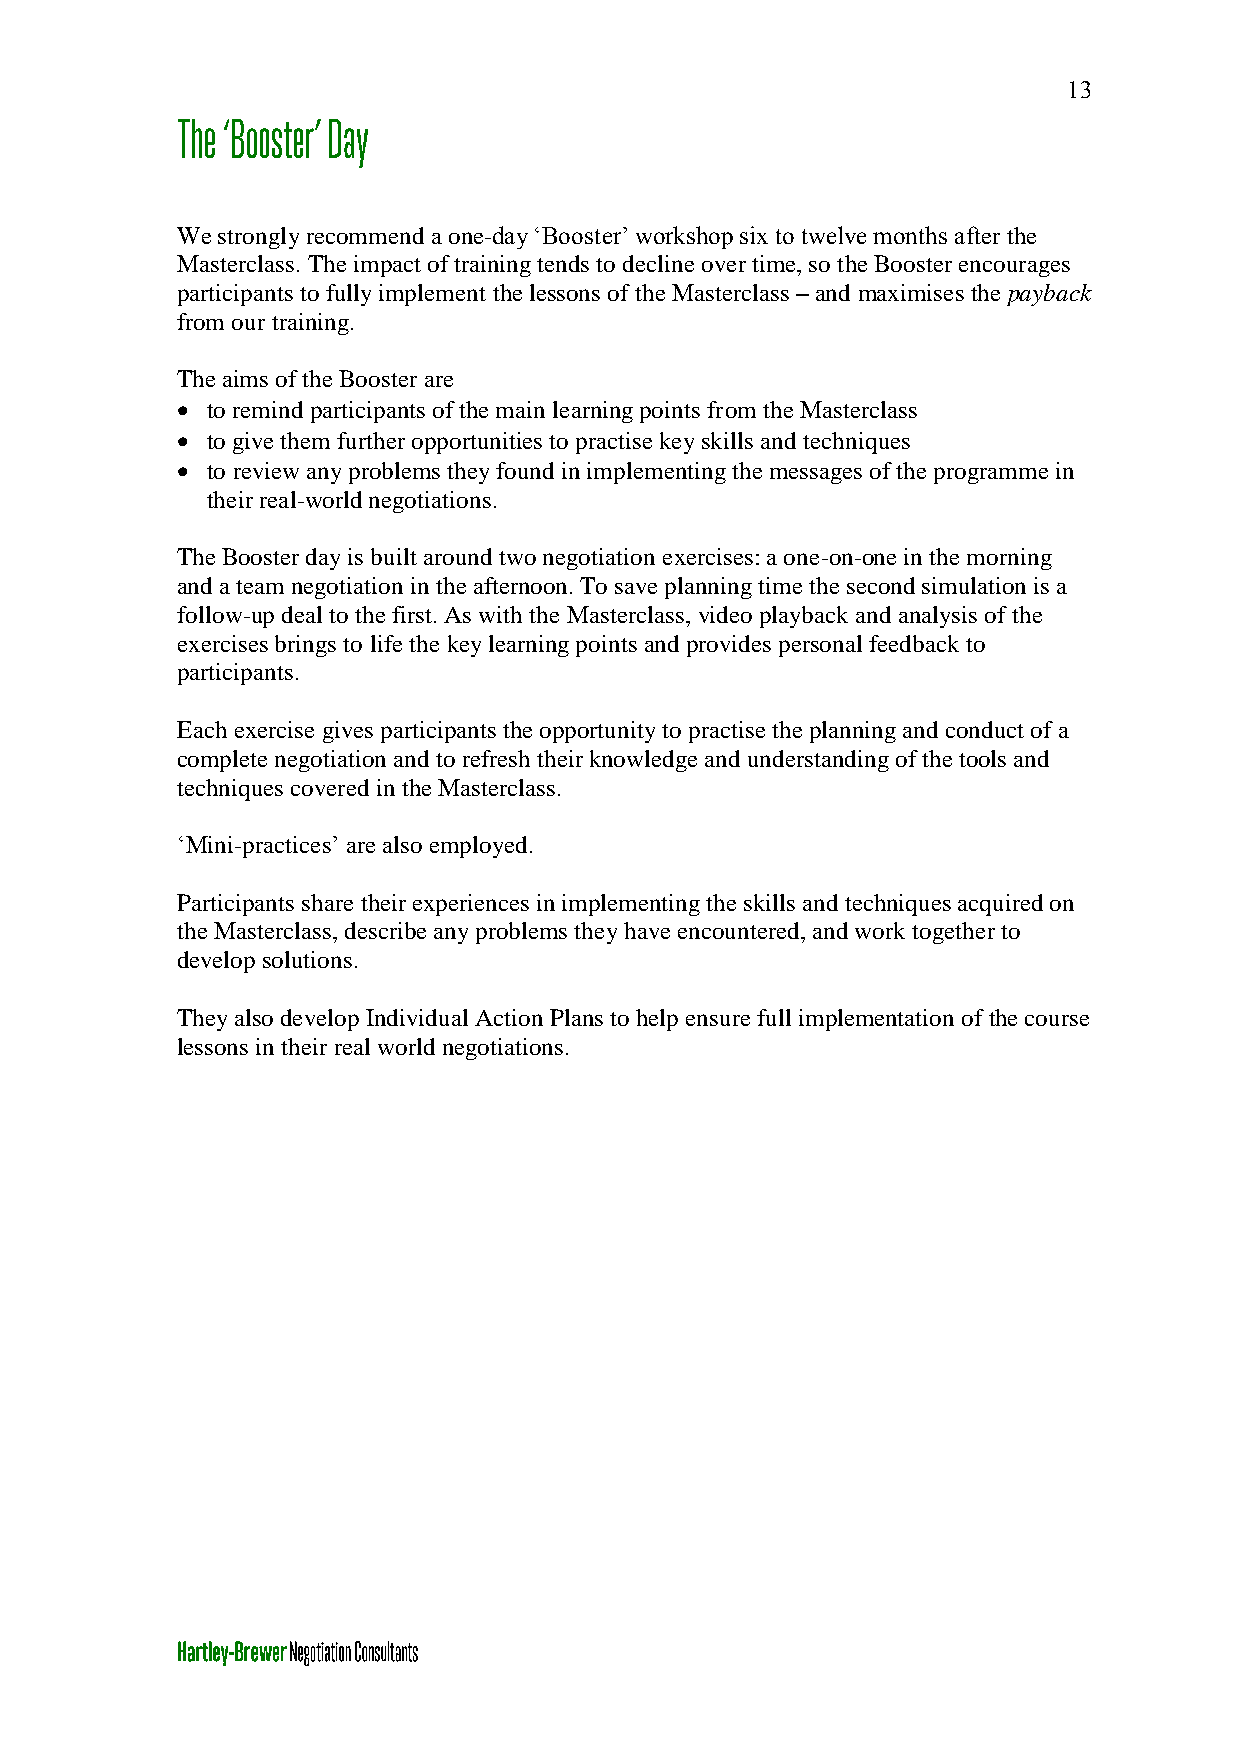
13
 We strongly recommend a one-day ‘Booster’ workshop six to twelve months after the
 Masterclass. The impact of training tends to decline over time, so the Booster encourages
 participants to fully implement the lessons of the Masterclass – and maximises the payback
 from our training.
 The aims of the Booster are
  to remind participants of the main learning points from the Masterclass
  to give them further opportunities to practise key skills and techniques
  to review any problems they found in implementing the messages of the programme in
 their real-world negotiations.
 The Booster day is built around two negotiation exercises: a one-on-one in the morning
 and a team negotiation in the afternoon. To save planning time the second simulation is a
 follow-up deal to the first. As with the Masterclass, video playback and analysis of the
 exercises brings to life the key learning points and provides personal feedback to
 participants.
 Each exercise gives participants the opportunity to practise the planning and conduct of a
 complete negotiation and to refresh their knowledge and understanding of the tools and
 techniques covered in the Masterclass.
 ‘Mini-practices’ are also employed.
 Participants share their experiences in implementing the skills and techniques acquired on
 the Masterclass, describe any problems they have encountered, and work together to
 develop solutions.
 They also develop Individual Action Plans to help ensure full implementation of the course
 lessons in their real world negotiations.